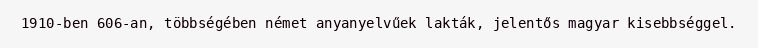
1910-ben 606-an, többségében német anyanyelvűek lakták, jelentős magyar kisebbséggel.